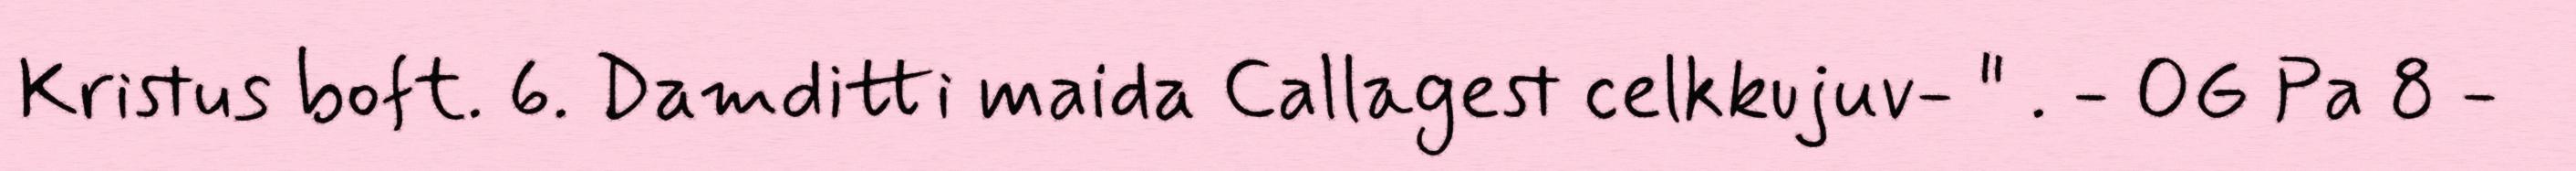
Kristus boft. 6. Damditti maida Callagest celkkujuv- " . - OG Pa 8 -